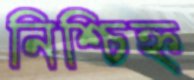
নিশ্চিহ্ন